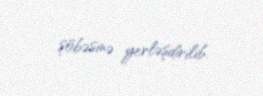
şöbəsinə yerləşdirilib.